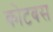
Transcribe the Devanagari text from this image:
कोटबस